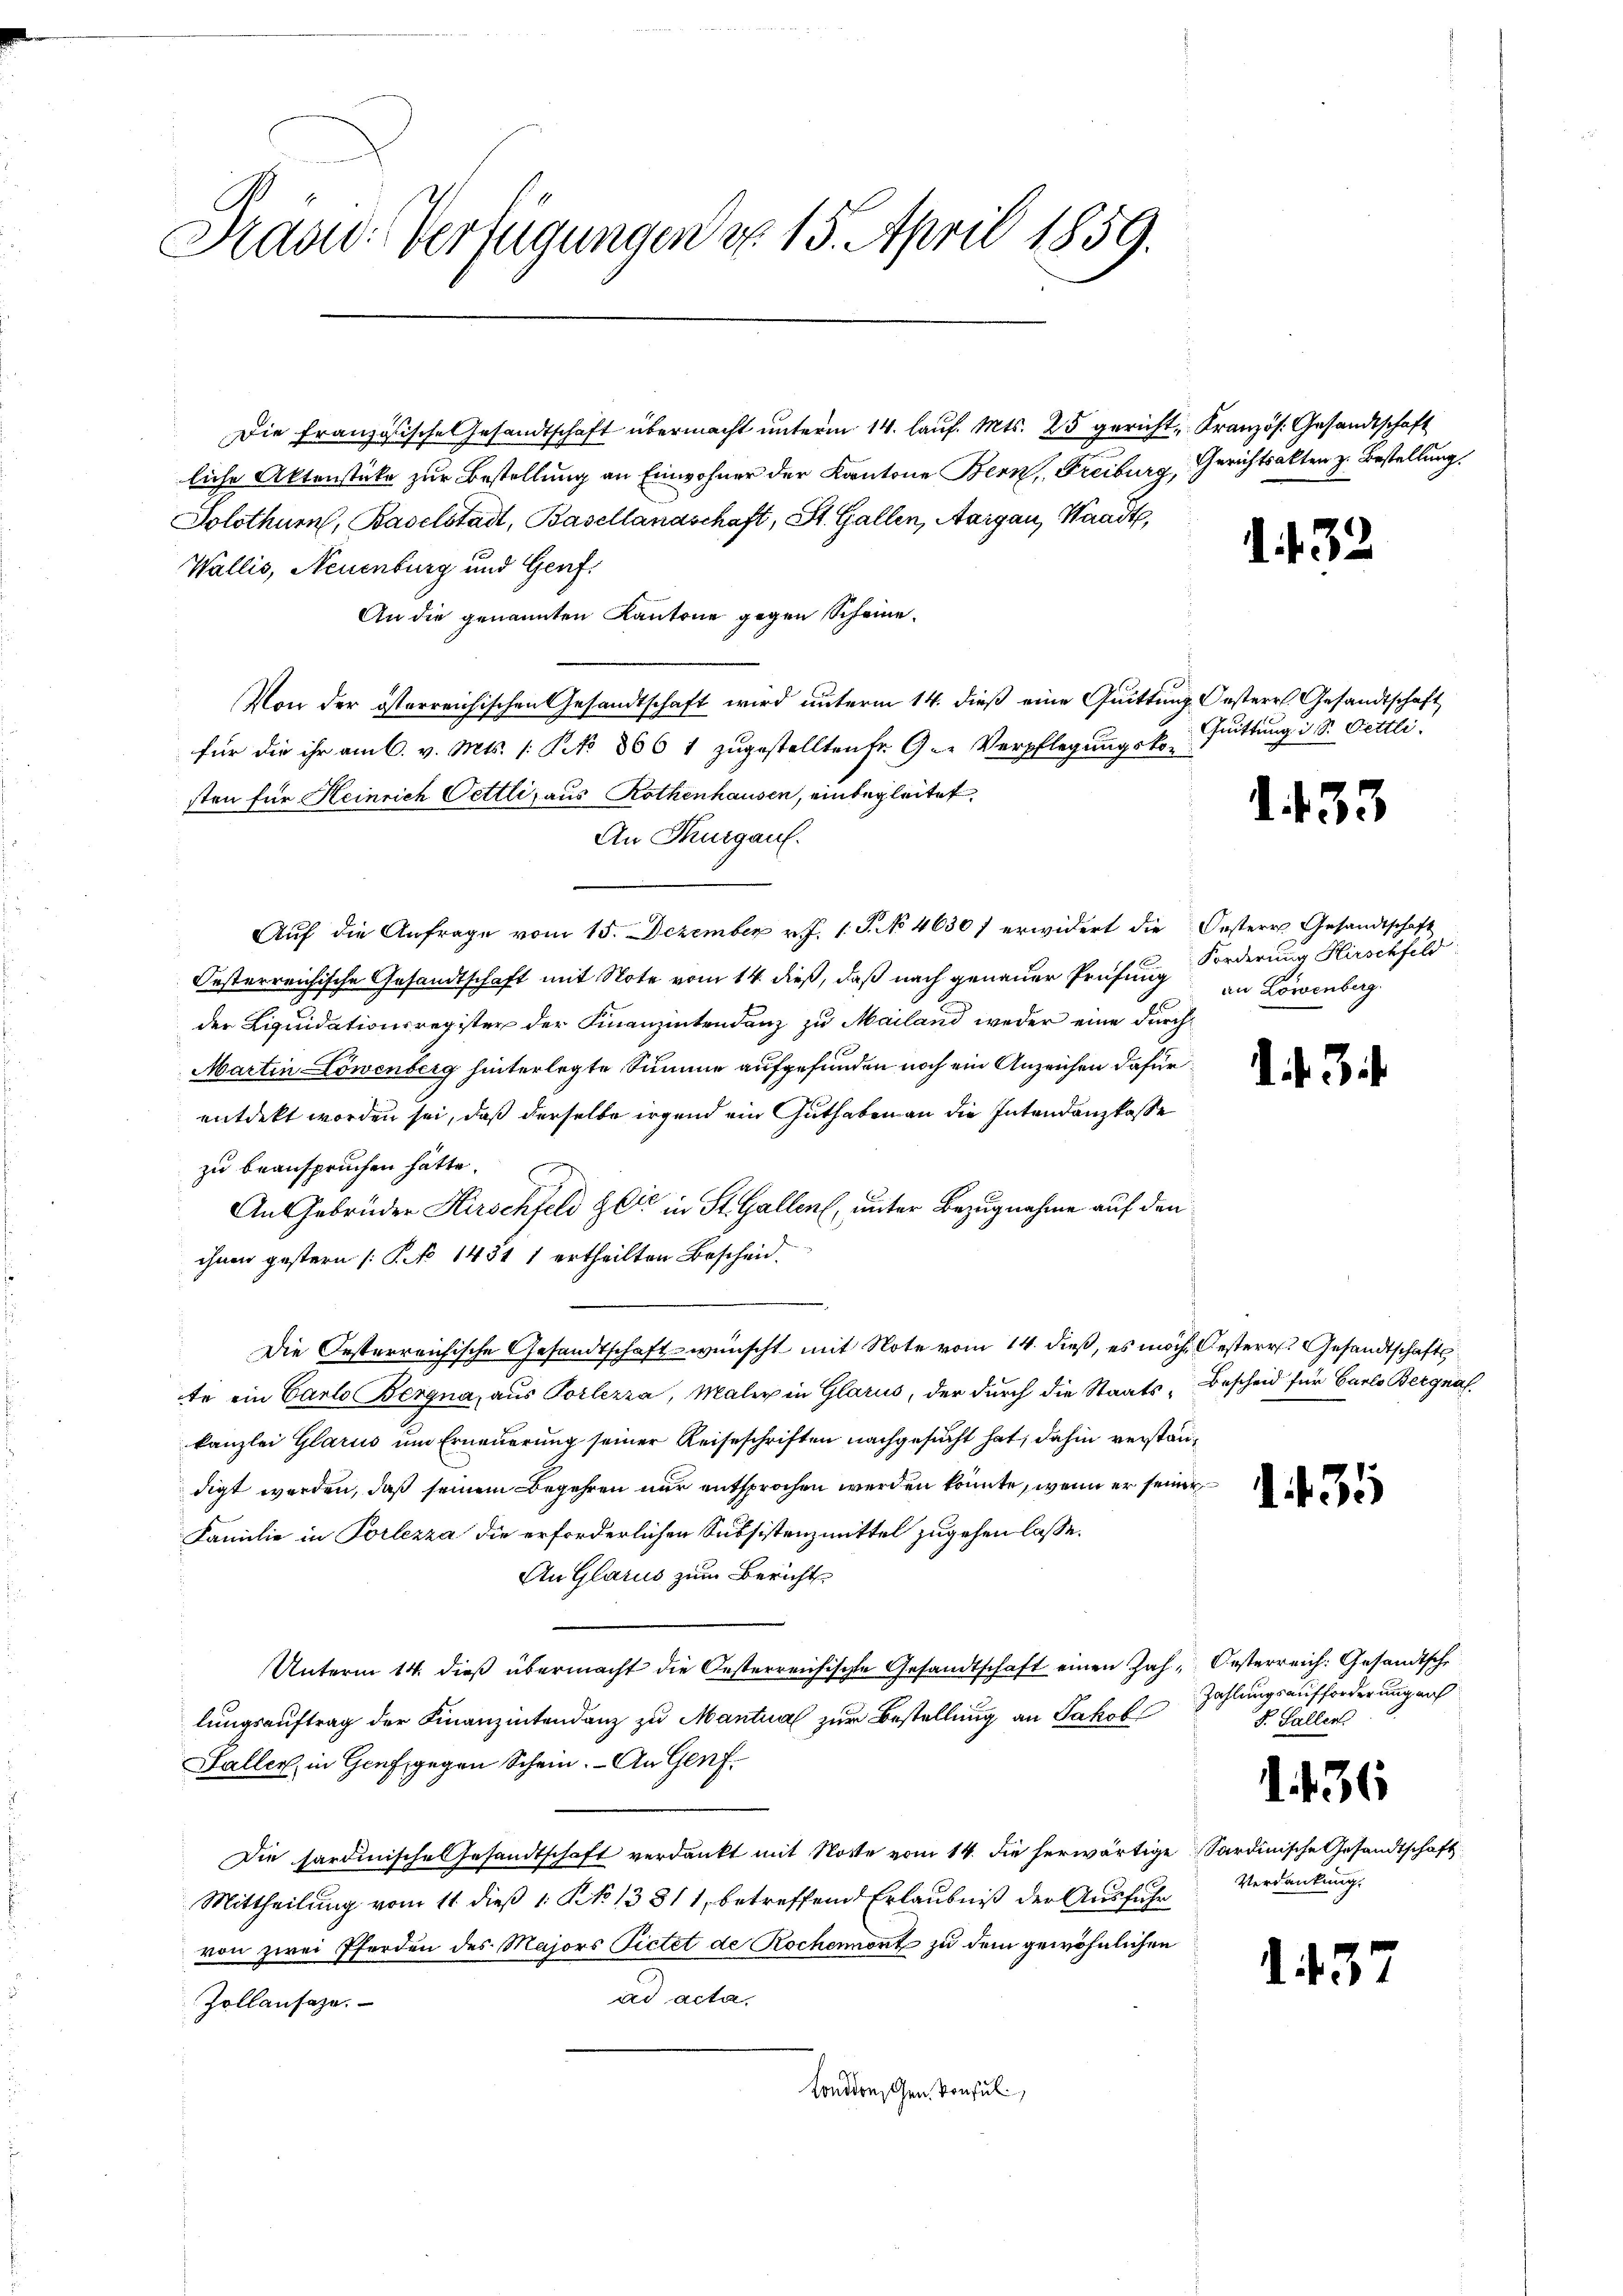
Kaad: Verfügungen d. 15. April 1859.

Die Französische Gesandtschaft übermacht unterm 14. lauf. Mts. 25 gericht, Kranzös. Gesandtschaft
liche Aktenstücke zur Bestellung an Einwohner der Kantone Bern, Freiburg, Gerichtsakten z. Bestellung.
Solothur, Baselstadt, Basellandschaft, St. Gallen, Aargau, Waadt,
Wallis, Neuenburg und Genf.
An die genannten Kantone gegen Scheine
Von der österreichischen Gesandtschaft wird unterm 14. dieß eine Quittung Oesterr. Gesandtschaft
für die ihr am 6. v. Mts. 1 Pko 806 1 zugestellten Fr. 9.- Verpflegungskon
sten für Heinrich Oettli, aus Rothenhausen, einbegleitet.
An Thurgau.
Aŭf die Anfrage vom 15. Dezember v. J. 1. J. No 4630) erwidert die Oestere Gesandtschaft
Oesterreichische Gesandtschaft mit Note vom 14. dieß, daß nach genauer Prüfung
der Liquidationsregister der Finanzentendenz zu Mailand weder eine durch
Martin Löwenberg hinterlegte Summe aufgefunden noch ein Anzeichen dafür
entdekt worden sei, daß derselbe irgend ein Guthaben an die Intendanzkasse
zu beanspruchen hatte.
An Gebrüder Kirschfeld Zeit in St. Gallen, unter Bezugnahme auf den
ihnen gestern (S. No 1431 1 ertheilten Bescheid.
Die Oesterreichische Gesandtschaft wünscht mit Note vom 14. dieß, es möch Oesterr. Gesandtschafts
te ein Carlo Bergna, aus Porlezza, Maler in Glarus, der durch die Staats-Bescheid für Carlo Bergnal
kanzlei Glarus um Erneuerung seiner Reiseschriften nachgesucht hat, dahin verstandigt worden, daß seinem Begehren nur entsprochen werden könnte, wenn er seiner
Familie in Porlezza die erforderlichen Subsistenzmittel zugehen lasse.
An Glarus zum Bericht
Unterm 14. dieß übermacht die Oesterreichische Gesandtschaft einen Zah, Oesterreich. Gesandtsche
lungsauftrag der Finanzientendenz zu Mantual zur Bestellung an Jakob
Faller, in Genf, gegen Schein. - An Genf¬
Die sardinische Gesandtschaft verdankt mit Notte vom 14. die herwärtige Sardinische Gesandtschaft
Mittheilung vom 11 dieß 1. No 13311, betreffend Erlaubniß der Ausführ
von zwei Pferden des Majors Pietet de Rochennont zu dem gewöhnlichen
ad acta.
Zollansaze.
London, Gen. Konsul

1. 432

Quittung d. S. Pettli.

1. 433

Forderung Hirschfeld
an Löwenberg.

. f. 3

131

Zahlungsaufforderung auf
F. Gallen

1. 436

. 437

Verdankung.